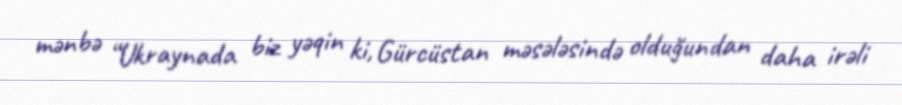
mənbə “Ukraynada biz yəqin ki, Gürcüstan məsələsində olduğundan daha irəli